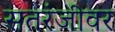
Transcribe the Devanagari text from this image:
सतरंजीवर